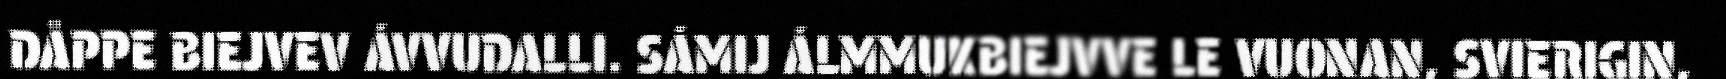
DÅPPE BIEJVEV ÁVVUDALLI. SÁMIJ ÁLMMUKBIEJVVE LE VUONAN, SVIERIGIN,